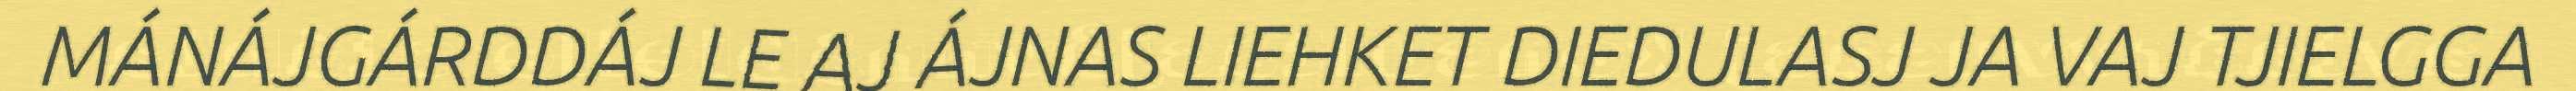
MÁNÁJGÁRDDÁJ LE AJ ÁJNAS LIEHKET DIEDULASJ JA VAJ TJIELGGA